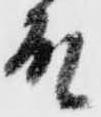
殿